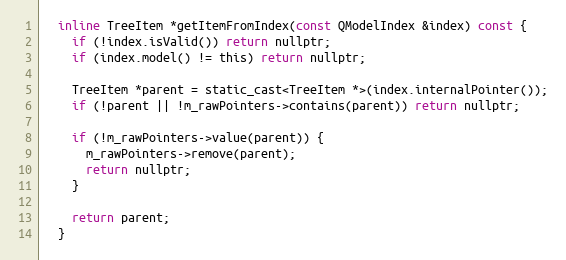
Language: C
  inline TreeItem *getItemFromIndex(const QModelIndex &index) const {
    if (!index.isValid()) return nullptr;
    if (index.model() != this) return nullptr;

    TreeItem *parent = static_cast<TreeItem *>(index.internalPointer());
    if (!parent || !m_rawPointers->contains(parent)) return nullptr;

    if (!m_rawPointers->value(parent)) {
      m_rawPointers->remove(parent);
      return nullptr;
    }

    return parent;
  }